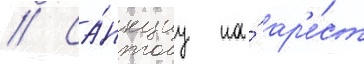
// Са́нкциу на́ ар'е́ст